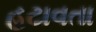
હટાવતા